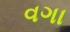
વગા